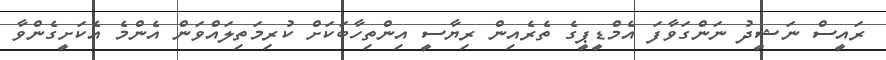
ރައީސް ނަޝީދު ނަންގަވާފަ އެމްޑީޕީގެ ތެރެއިން ރިޔާސީ އިންތިހާބަކަށް ކުރިމަތިލައްވަން އެންމެ އެކަށީގެންވާ